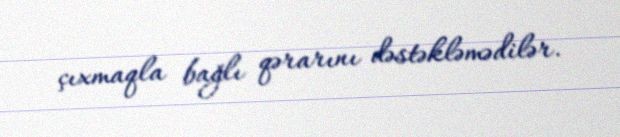
çıxmaqla bağlı qərarını dəstəkləmədilər.